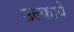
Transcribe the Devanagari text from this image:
उल्कायें